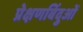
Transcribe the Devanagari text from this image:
प्रेक्षणबिंदुओं